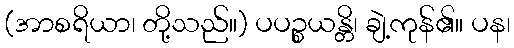
(အာစရိယာ၊ တို့သည်။) ပပဉ္စယန္တိ၊ ချဲ့ကုန်၏။ ပန၊